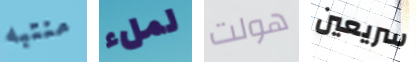
منتبه لملء هولت سريعين